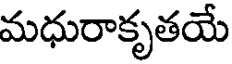
మధురాకృతయే